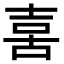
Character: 𠶮